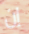
إن